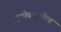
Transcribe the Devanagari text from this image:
तुकोबांइतकेच